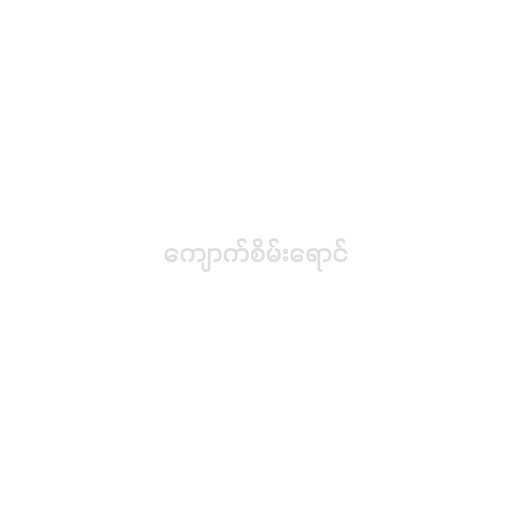
ကျောက်စိမ်းရောင်